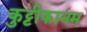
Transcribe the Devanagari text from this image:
कुट्टीकानम